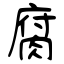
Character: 腐